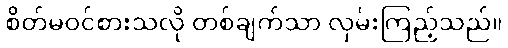
စိတ်မဝင်စားသလို တစ်ချက်သာ လှမ်းကြည့်သည်။